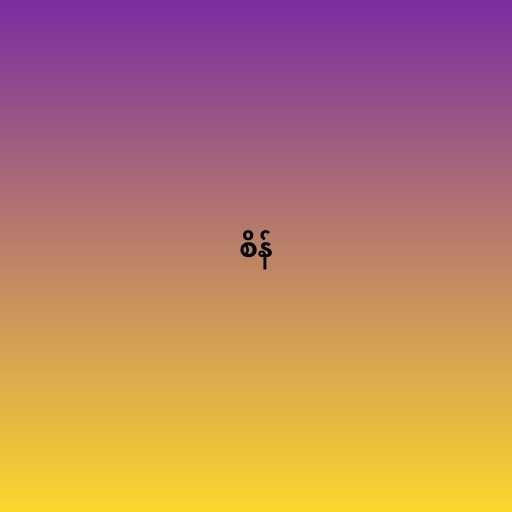
စိန်